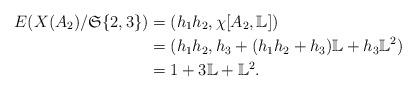
LaTeX: \begin{align*} E(X(A_2)/\mathfrak S\{2,3\}) & =(h_1h_2,\chi [A_2,\mathbb L]) \\ & =(h_1h_2, h_3+(h_1h_2+h_3)\mathbb L+h_3\mathbb L^2)\\ & =1+3\mathbb L+\mathbb L^2. \end{align*}